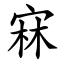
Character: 㝝